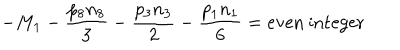
- M _ { 1 } - { \frac { p _ { 8 } n _ { 8 } } { 3 } } - { \frac { p _ { 3 } n _ { 3 } } { 2 } } - { \frac { p _ { 1 } n _ { 1 } } { 6 } } = \mathrm { e v e n } \ \mathrm { i n t e g e r }